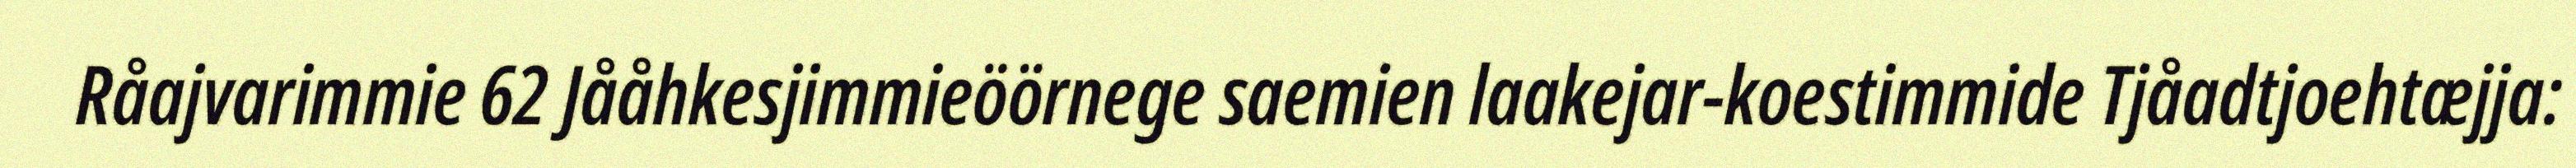
Råajvarimmie 62 Jååhkesjimmieöörnege saemien laakejar-koestimmide Tjåadtjoehtæjja: